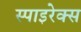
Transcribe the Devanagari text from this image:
स्पाइरेक्स